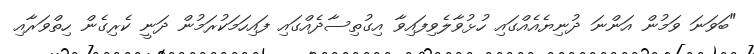
"ބަވަނަ ވަމުން އަންނަ ދުނިޔެއެއްގައި ހުޅުވާލެވިފައިވާ އިގުތިސާދެއްގައި ފައިހަމަކުރަމުން ދަނީ ކެރިގެން ހިތްވަރާއި